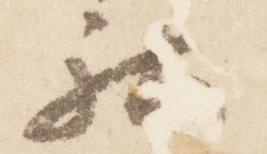
社